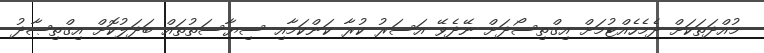
މުއްދަތަކަށް ދެމެހެއްޓުމަށް އިގްތިސޯދަށް ނޭދެވޭ އަސަރު ކުރާ ކަންކަމާއި ސިޔާސަތުތައް ބަދަލުކޮށް އިގްތިޞާދު